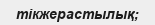
тікжерастылық;